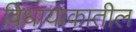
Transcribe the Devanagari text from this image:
विधायाकातील